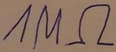
Text: 1MΩ